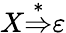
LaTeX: X{\stackrel{*}{\Rightarrow}}\varepsilon